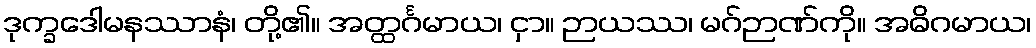
ဒုက္ခဒေါမနဿာနံ၊ တို့၏။ အတ္ထင်္ဂမာယ၊ ငှာ။ ဉာယဿ၊ မဂ်ဉာဏ်ကို။ အဓိဂမာယ၊